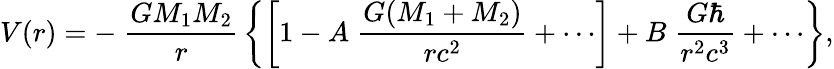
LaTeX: V(r)=-\; {\frac{GM_{1}M_{2}}{r}}\left\{ \left[1-A\; {\frac{G(M_{1}+M_{2})}{rc^{2}}}+\cdots\right]+B\; {\frac{G\hbar}{r^{2}c^{3}}}+\cdots\right\} ,